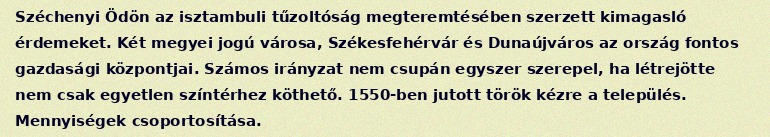
Széchenyi Ödön az isztambuli tűzoltóság megteremtésében szerzett kimagasló érdemeket. Két megyei jogú városa, Székesfehérvár és Dunaújváros az ország fontos gazdasági központjai. Számos irányzat nem csupán egyszer szerepel, ha létrejötte nem csak egyetlen színtérhez köthető. 1550-ben jutott török kézre a település. Mennyiségek csoportosítása.